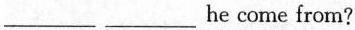
___ ___ he come from?